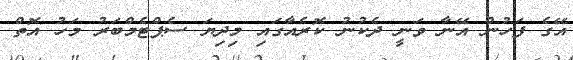
އޭގެ ފަހުން އޭނާ ވަނީ ދެކުނު ކޮރެއާގައި މިދިޔަ ސެޕްޓެމްބަރު މަހު އޮތް